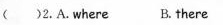
（ ）2.A.where B.there